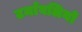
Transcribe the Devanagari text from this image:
टर्मावलियों